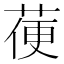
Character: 𦳄